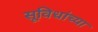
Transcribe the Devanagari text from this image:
सूविधांच्या